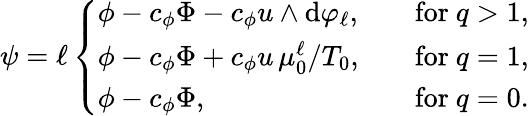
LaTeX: \psi=\ell\left\{ \begin{array}{ll}{\phi-c_{\phi}\Phi-c_{\phi}u\wedge\mathrm{d}\varphi_{\ell},}&{\quad\mathrm{for~}q>1,}\\ {\phi-c_{\phi}\Phi+c_{\phi}u\, \mu_{0}^{\ell}/T_{0},}&{\quad\mathrm{for~}q=1,}\\ {\phi-c_{\phi}\Phi,}&{\quad\mathrm{for~}q=0.}\end{array}\right.